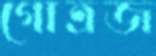
গোত্রজ